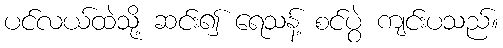
ပင်လယ်ထဲသို့ ဆင်း၍ ရေသန့် စင်ပွဲ ကျင်းပသည်။